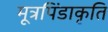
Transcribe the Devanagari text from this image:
मूत्रपिंडाकृति